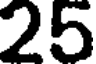
25